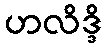
ဟလိဒ္ဒိ